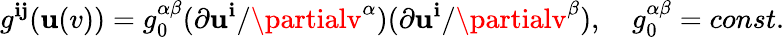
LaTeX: g^{\mathbf{i}\mathbf{j}}(\mathbf{u}(v))=g_{0}^{\alpha\beta}(\partial\mathbf{u}^{\mathbf{i}}/\partialv^{\alpha})(\partial\mathbf{u}^{\mathbf{i}}/\partialv^{\beta}),\ \ \ \ g_{0}^{\alpha\beta}=const.